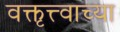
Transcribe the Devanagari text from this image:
वक्तृत्त्वाच्या